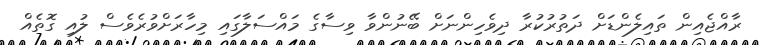
ރާއްޖެއިން ތައިލެންޑަށް ދަތުރުކުރާ ދިވެހިންނަށް ބޭނުންވާ ވިސާގެ މައްސަލާގައި މިހާރަށްވުރެވެސް ލުއި ގޮތެއް